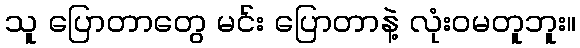
သူ ပြောတာတွေ မင်း ပြောတာနဲ့ လုံးဝမတူဘူး။